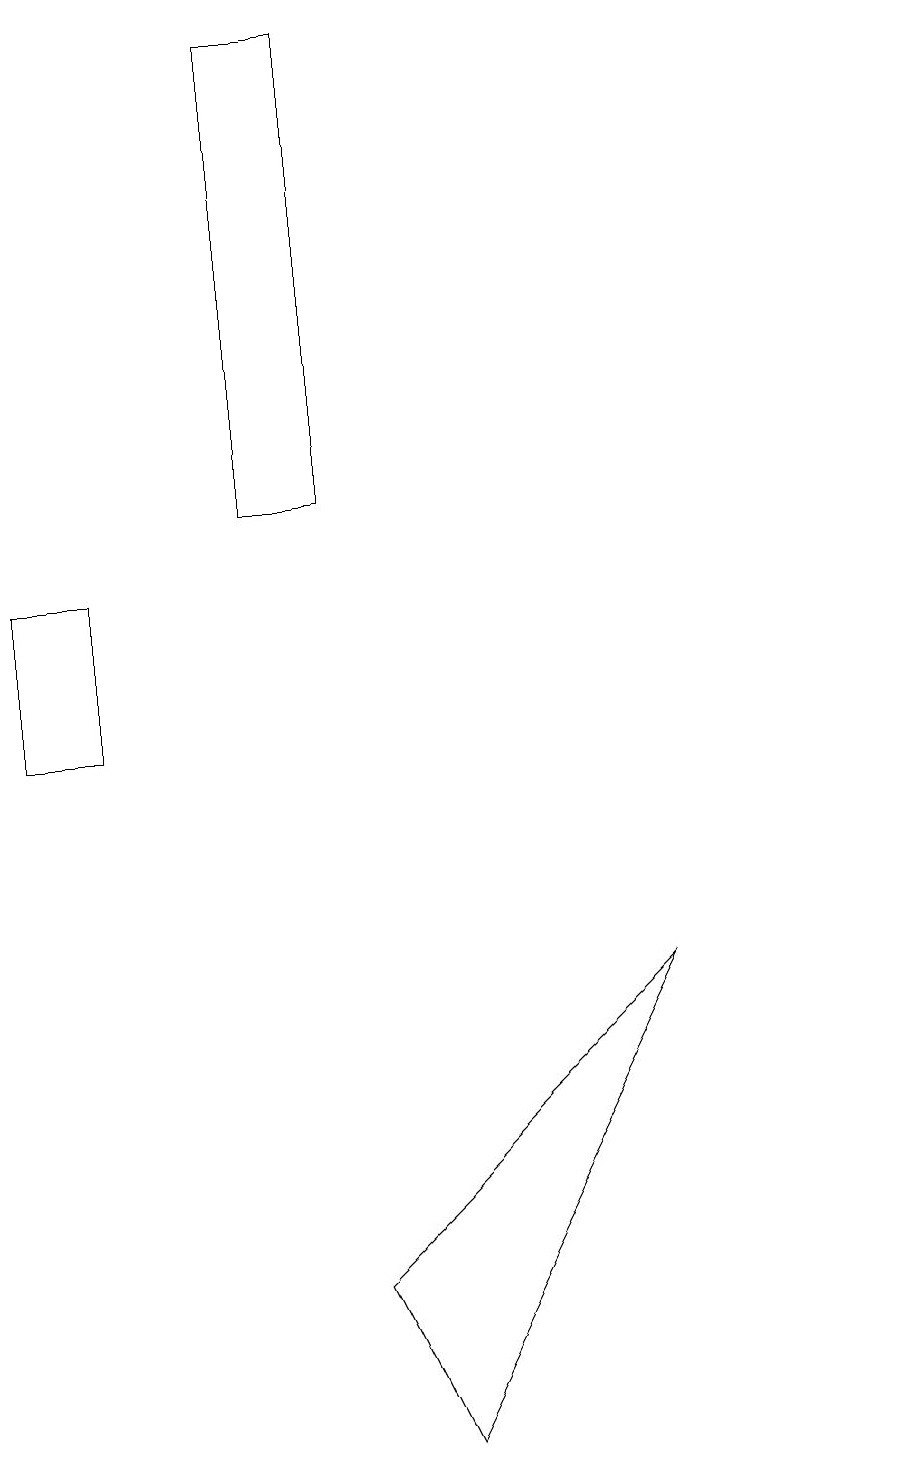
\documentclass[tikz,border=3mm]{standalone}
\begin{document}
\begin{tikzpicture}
\draw (4,19) rectangle (3,13);
\draw (0,12) rectangle (1,10);
\draw (4,3) -- (5,1) -- (8,7) -- cycle;
\draw (11,11) circle (0);
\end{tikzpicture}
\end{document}